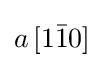
a\left[1{\bar {1}}0\right]